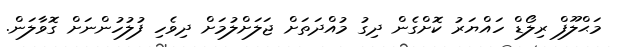
މަޙްލޫފް ރިލޯޑް ހައްޔަރު ކޮށްގެން ދިގު މުއްދަތަށް ޖަލަށްލުމަށް ދިވެހި ފުލުހުންނަށް ގޮވާލަން.